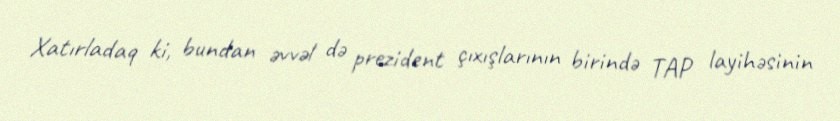
Xatırladaq ki, bundan əvvəl də prezident çıxışlarının birində TAP layihəsinin